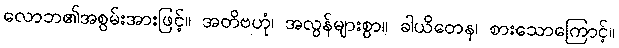
လောဘ၏အစွမ်းအားဖြင့်။ အတိဗဟုံ၊ အလွန်များစွာ။ ခါယိတေန၊ စားသောကြောင့်။